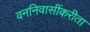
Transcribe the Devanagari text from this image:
वननिवासींकरीता